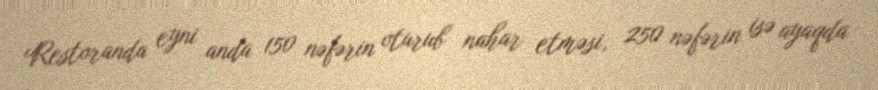
Restoranda eyni anda 150 nəfərin oturub nahar etməsi, 250 nəfərin isə ayaqda